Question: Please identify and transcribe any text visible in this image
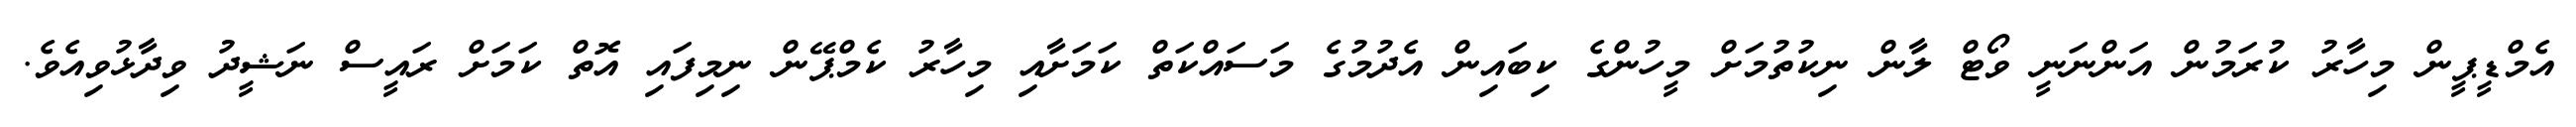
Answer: އެމްޑީޕީން މިހާރު ކުރަމުން އަންނަނީ ވޯޓް ލާން ނިކުތުމަށް މީހުންގެ ކިބައިން އެދުމުގެ މަސައްކަތް ކަމަށާއި މިހާރު ކެމްޕޭން ނިމިފައި އޮތް ކަމަށް ރައީސް ނަޝީދު ވިދާޅުވިއެވެ.